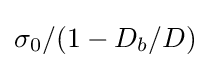
\sigma _{0}/(1-D_{b}/D)